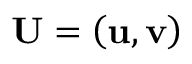
\mathbf { U } = \left( \mathbf { u } , \mathbf { v } \right)